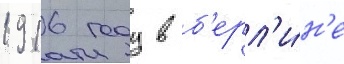
1916 году в б'ерл'и́н'е